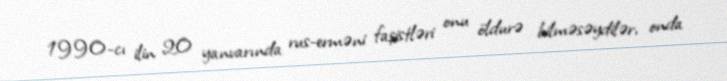
1990-cı ilin 20 yanvarında rus-erməni faşistləri onu öldurə bilməsəydilər, onda